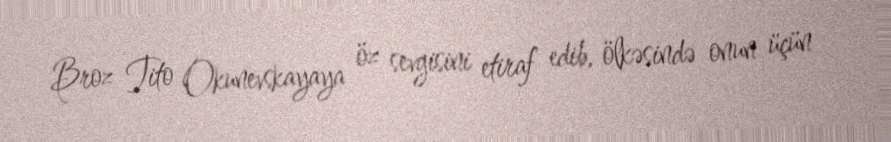
Broz Tito Okunevskayaya öz sevgisini etiraf edib, ölkəsində onun üçün